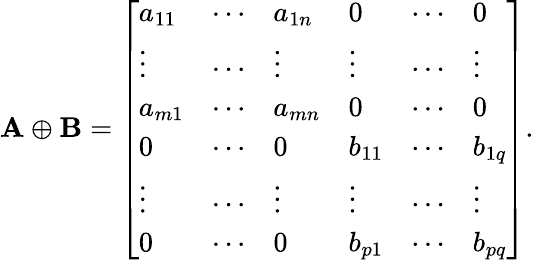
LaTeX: \mathbf{A}\oplus\mathbf{B}={\left[\begin{array}{llllll}{a_{11}}&{\cdots}&{a_{1n}}&{0}&{\cdots}&{0}\\ {\vdots}&{\cdots}&{\vdots}&{\vdots}&{\cdots}&{\vdots}\\ {a_{m1}}&{\cdots}&{a_{mn}}&{0}&{\cdots}&{0}\\ {0}&{\cdots}&{0}&{b_{11}}&{\cdots}&{b_{1q}}\\ {\vdots}&{\cdots}&{\vdots}&{\vdots}&{\cdots}&{\vdots}\\ {0}&{\cdots}&{0}&{b_{p1}}&{\cdots}&{b_{pq}}\end{array}\right]}.